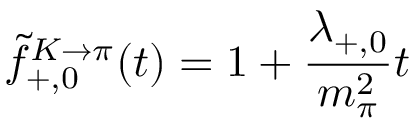
\tilde { f } _ { + , 0 } ^ { K \rightarrow \pi } ( t ) = 1 + \frac { \lambda _ { + , 0 } } { m _ { \pi } ^ { 2 } } t \,